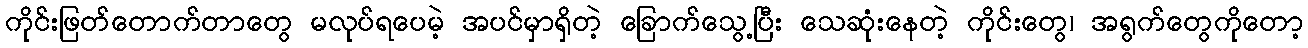
ကိုင်းဖြတ်တောက်တာတွေ မလုပ်ရပေမဲ့ အပင်မှာရှိတဲ့ ခြောက်သွေ့ပြီး သေဆုံးနေတဲ့ ကိုင်းတွေ၊ အရွက်တွေကိုတော့